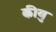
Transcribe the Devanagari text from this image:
कीयु